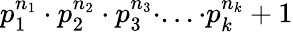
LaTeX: p_{1}^{n_{1}}\cdot p_{2}^{n_{2}}\cdot p_{3}^{n_{3}}\cdot...\cdot p_{k}^{n_{k}}+1